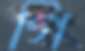
গি